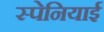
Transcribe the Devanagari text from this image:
स्‍पेनियाई